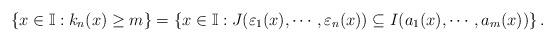
LaTeX: \begin{align*}\left\{x \in \mathbb{I} : k_n(x) \geq m\right\} = \left\{x \in \mathbb{I}: J(\varepsilon_1(x), \cdots, \varepsilon_n(x)) \subseteq I(a_1(x), \cdots, a_m(x))\right\}.\end{align*}